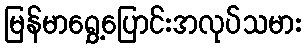
မြန်မာရွှေ့ပြောင်းအလုပ်သမား